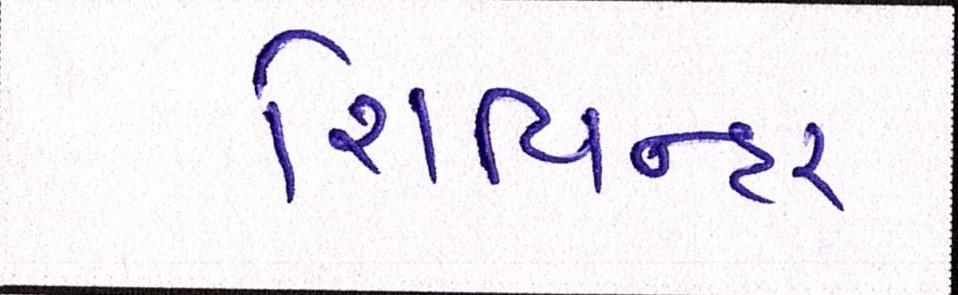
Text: શિવિન્દર